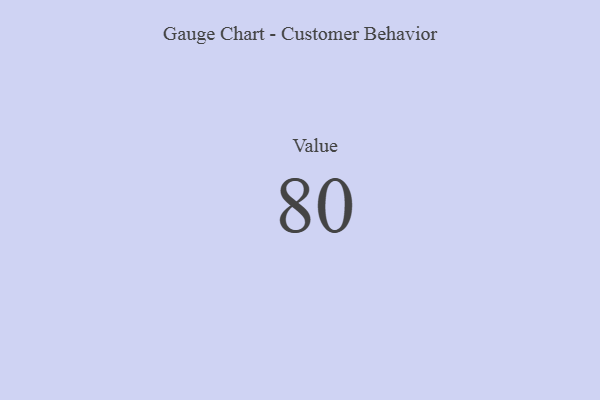
{"axis": {"x": "Metric", "y": "Value"}, "legend": [""], "data": [{"x": "Value", "y": 80, "type": ""}]}